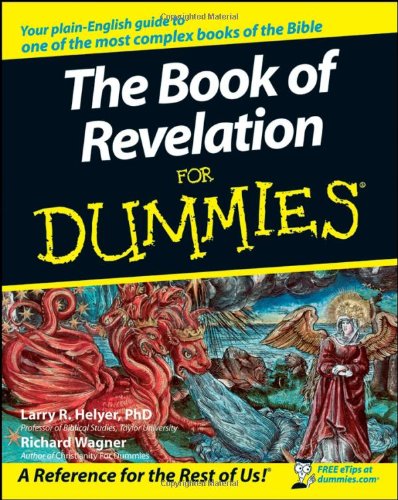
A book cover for The Book of Revelation For Dummies; Larry R. Helyer; Christian Books & Bibles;